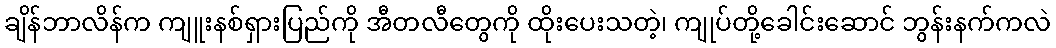
ချိန်ဘာလိန်က ကျူးနစ်ရှားပြည်ကို အီတလီတွေကို ထိုးပေးသတဲ့၊ ကျုပ်တို့ခေါင်းဆောင် ဘွန်းနက်ကလဲ